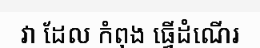
វា ដែល កំពុង ធ្វើដំណើរ